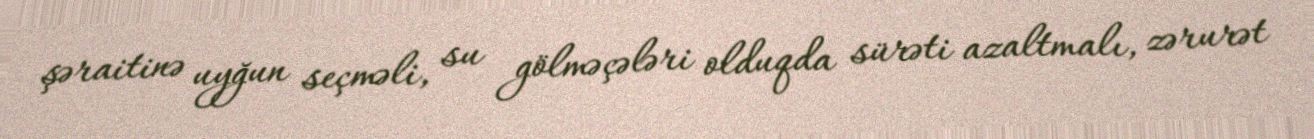
şəraitinə uyğun seçməli, su gölməçələri olduqda sürəti azaltmalı, zərurət